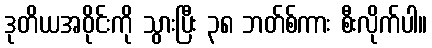
ဒုတိယအဝိုင်းကို သွားပြီး ၃၈ ဘတ်စ်ကား စီးလိုက်ပါ။